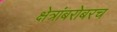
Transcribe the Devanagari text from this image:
क्षेत्रांबरोबरच